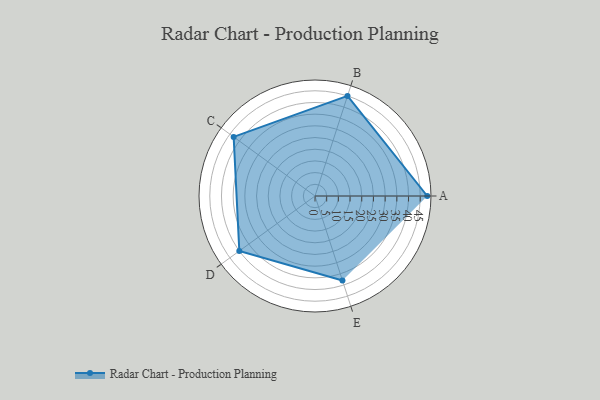
{"axis": {"x": "Skill", "y": "Score"}, "legend": ["Profile"], "data": [{"x": "A", "y": 48.0, "type": "Profile"}, {"x": "B", "y": 45.0, "type": "Profile"}, {"x": "C", "y": 43.0, "type": "Profile"}, {"x": "D", "y": 40.0, "type": "Profile"}, {"x": "E", "y": 38.0, "type": "Profile"}]}